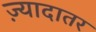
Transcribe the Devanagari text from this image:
ज्‍़यादातर